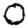
Digit: 0